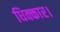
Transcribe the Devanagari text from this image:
धिक्कार।